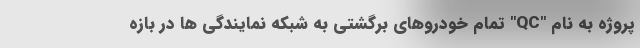
پروژه به نام "QC" تمام خودروهای برگشتی به شبکه نمایندگی ها در بازه